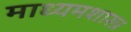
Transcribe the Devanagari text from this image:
माध्यमशास्त्र